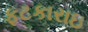
ફટકારાઇ